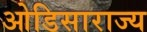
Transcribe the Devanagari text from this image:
ओडिसाराज्य